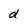
Character: d